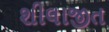
શીલાજીત